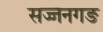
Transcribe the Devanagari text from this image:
सज्जनगङ